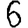
Digit: 6